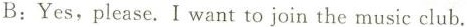
B:Yes,please. I want to join the music club.